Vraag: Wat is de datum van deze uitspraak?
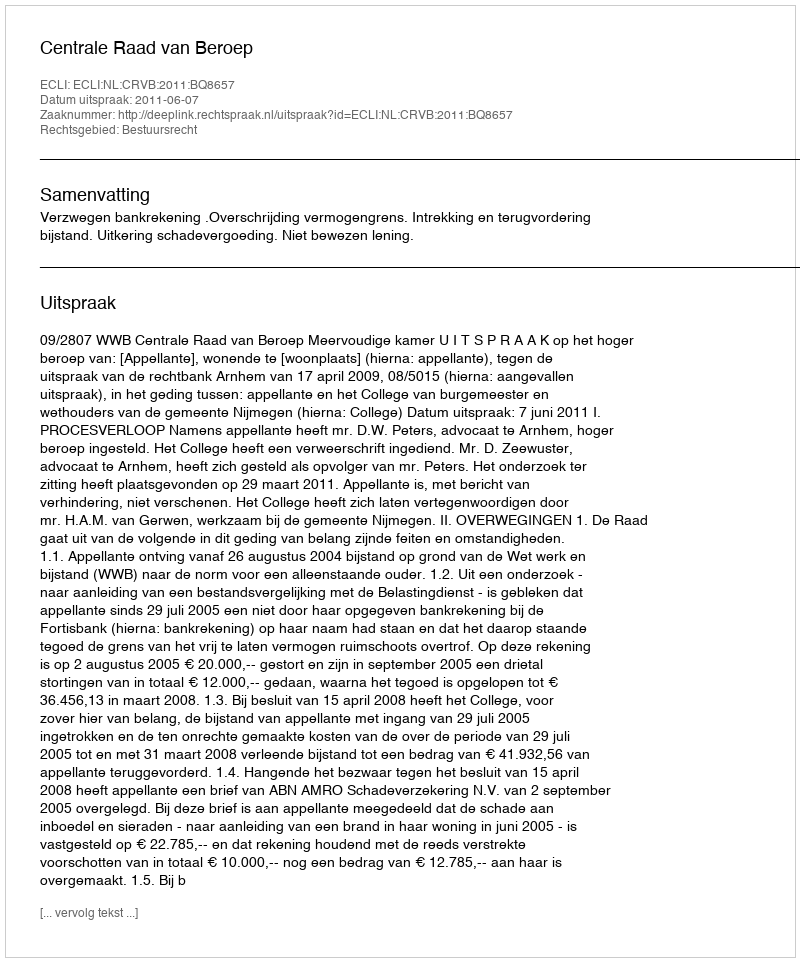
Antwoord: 2011-06-07